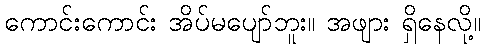
ကောင်းကောင်း အိပ်မပျော်ဘူး။ အဖျား ရှိနေလို့။